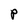
Character: P